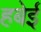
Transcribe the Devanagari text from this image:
हबेई